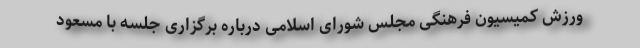
ورزش کمیسیون فرهنگی مجلس شورای اسلامی درباره برگزاری جلسه با مسعود